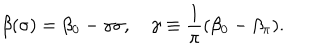
\beta ( \sigma ) = \beta _ { 0 } - \gamma \sigma , \quad \gamma \equiv \frac { 1 } { \pi } ( \beta _ { 0 } - \beta _ { \pi } ) .